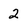
Character: 2